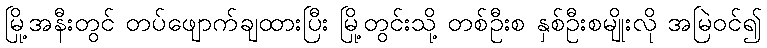
မြို့အနီးတွင် တပ်ဖျောက်ချထားပြီး မြို့တွင်းသို့ တစ်ဦးစ နှစ်ဦးစမျိုးလို အမြဲဝင်၍